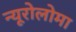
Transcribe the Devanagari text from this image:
न्यूरोलोमा